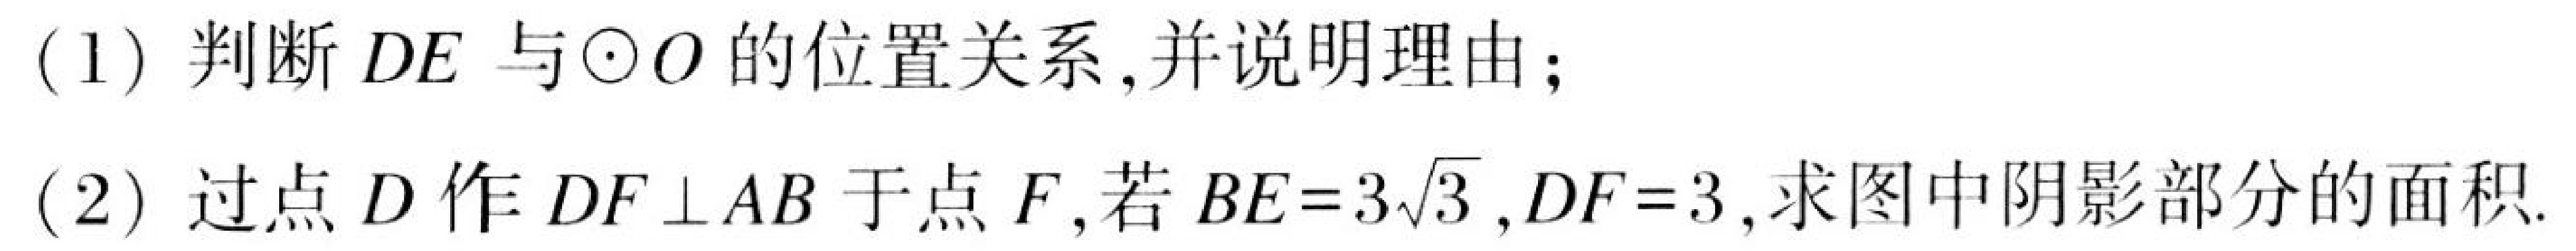
(1) 判断\(DE\)与\(\odot O\)的位置关系,并说明理由；
(2) 过点\(D\)作\(DF\perp AB\)于点\(F\),若\(BE = 3\sqrt{3}\),\(DF = 3\),求图中阴影部分的面积.